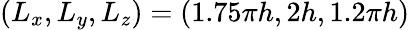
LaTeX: (L_{x},L_{y},L_{z})=(1.75\pi h,2h,1.2\pi h)